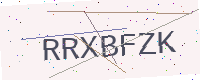
Text: RRXBFZK